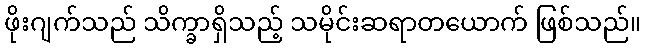
ဖိုးဂျက်သည် သိက္ခာရှိသည့် သမိုင်းဆရာတယောက် ဖြစ်သည်။